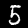
Label: 5